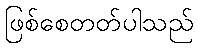
ဖြစ်စေတတ်ပါသည်